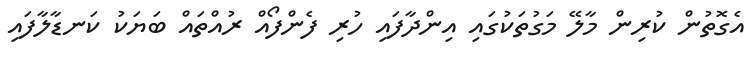
އެގޮތުން ކުރިން މާލޭ މަގުތަކުގައި އިންދާފައި ހުރި ފެންފޯއް ރުއްތައް ބަޔަކު ކަނޑާލާފައި